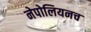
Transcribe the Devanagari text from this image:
नेपोलियनच